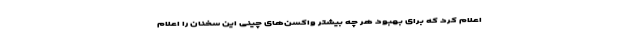
اعلام کرد که برای بهبود هر چه بیشتر واکسن‌های چینی این سخنان را اعلام